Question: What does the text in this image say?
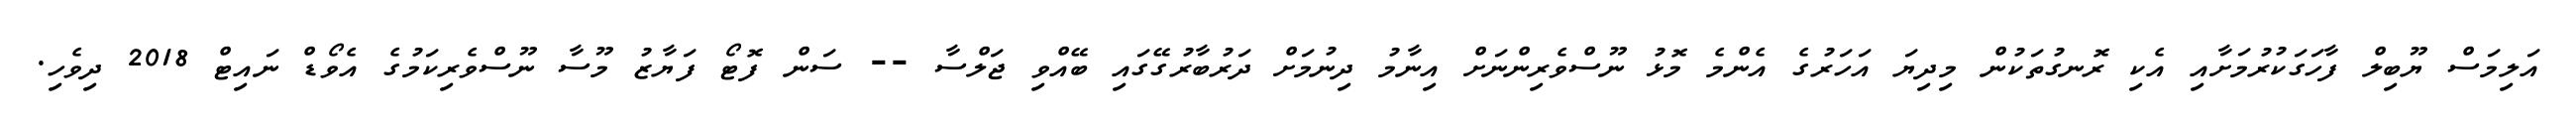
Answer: އަލިމަސް ޔޫބިލް ފާހަގަކުރުމަށާއި އެކި ރޮނގުތަކުން މިދިޔަ އަހަރުގެ އެންމެ މޮޅު ނޫސްވެރިންނަށް އިނާމު ދިނުމަށް ދަރުބާރުގޭގައި ބޭއްވި ޖަލްސާ -- ސަން ފޮޓޯ ފަޔާޒު މޫސާ ނޫސްވެރިކަމުގެ އެވޯޑް ނައިޓް 2018 ދިވެހި.